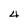
Character: 4